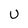
Character: u